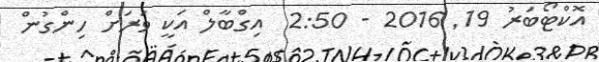
އޮކްޓޯބަރު 19